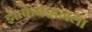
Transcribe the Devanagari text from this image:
इंन्फेक्शनला